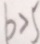
b > 5